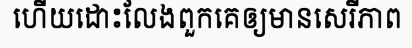
ហើយដោះលែងពួកគេឲ្យមានសេរីភាព